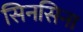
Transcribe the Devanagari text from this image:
सिनसिना